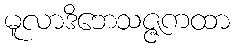
မူလာဒိဘေသဇ္ဇကထာ